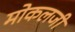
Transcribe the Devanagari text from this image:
मोकलजी